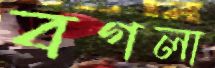
বগলা